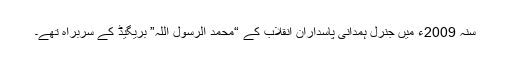
سنہ 2009ء میں جنرل ہمدانی پاسداران انقلاب کے “محمد الرسول اللہ” بریگیڈ کے سربراہ تھے۔